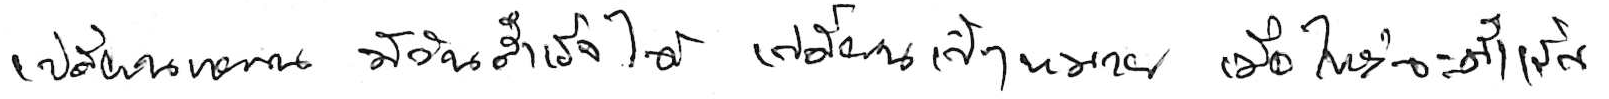
เปลี่ยนแผน มีวันสำเร็จได้ เปลี่ยนเป้าหมาย เมื่อไหร่จะสำเร็จ